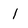
Character: 1